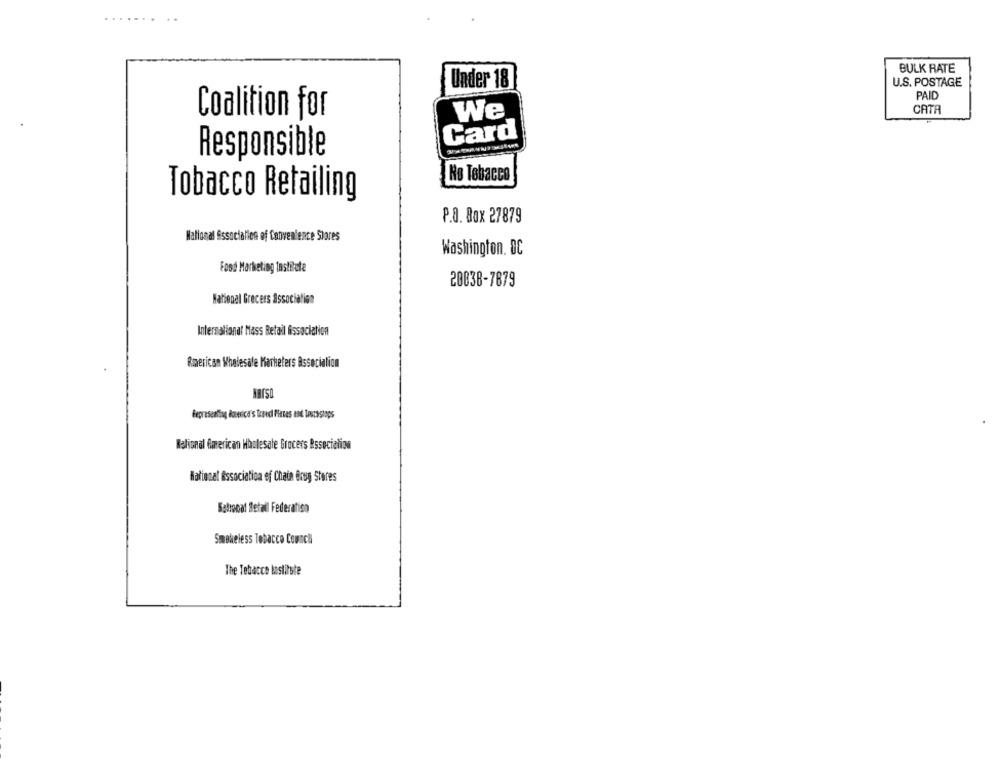
BULK RATE
Under 18
U.S. POSTAGE
PAID
We
CATA
Coalition for
Card
Responsible
No Tobacco
Tobacco Retailing
P.O. Box 27879
National Association of Convenience Stores
Washington, DC
Food Marketing Institute
20838-7879
National Grecers Association
International Mass Retail Association
American Wholesale Marketers Association
Representing dawicd's Trand Plates and Truthstops
Rational American Haclesate Grocers Rssocialion
National Association of Chain Brug Steres
Sattocat Retail Federation
Smokeless Tobacco Council
The Tobacco lastilste